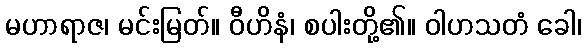
မဟာရာဇ၊ မင်းမြတ်။ ဝီဟိနံ၊ စပါးတို့၏။ ဝါဟသတံ ခေါ၊